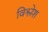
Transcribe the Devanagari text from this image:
विश्लेश